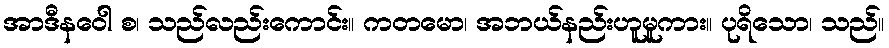
အာဒီနဝေါ စ၊ သည်လည်းကောင်း။ ကတမော၊ အဘယ်နည်းဟူမူကား။ ပုရိသော၊ သည်။